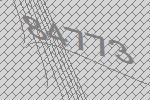
84773